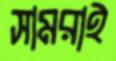
সামরাই